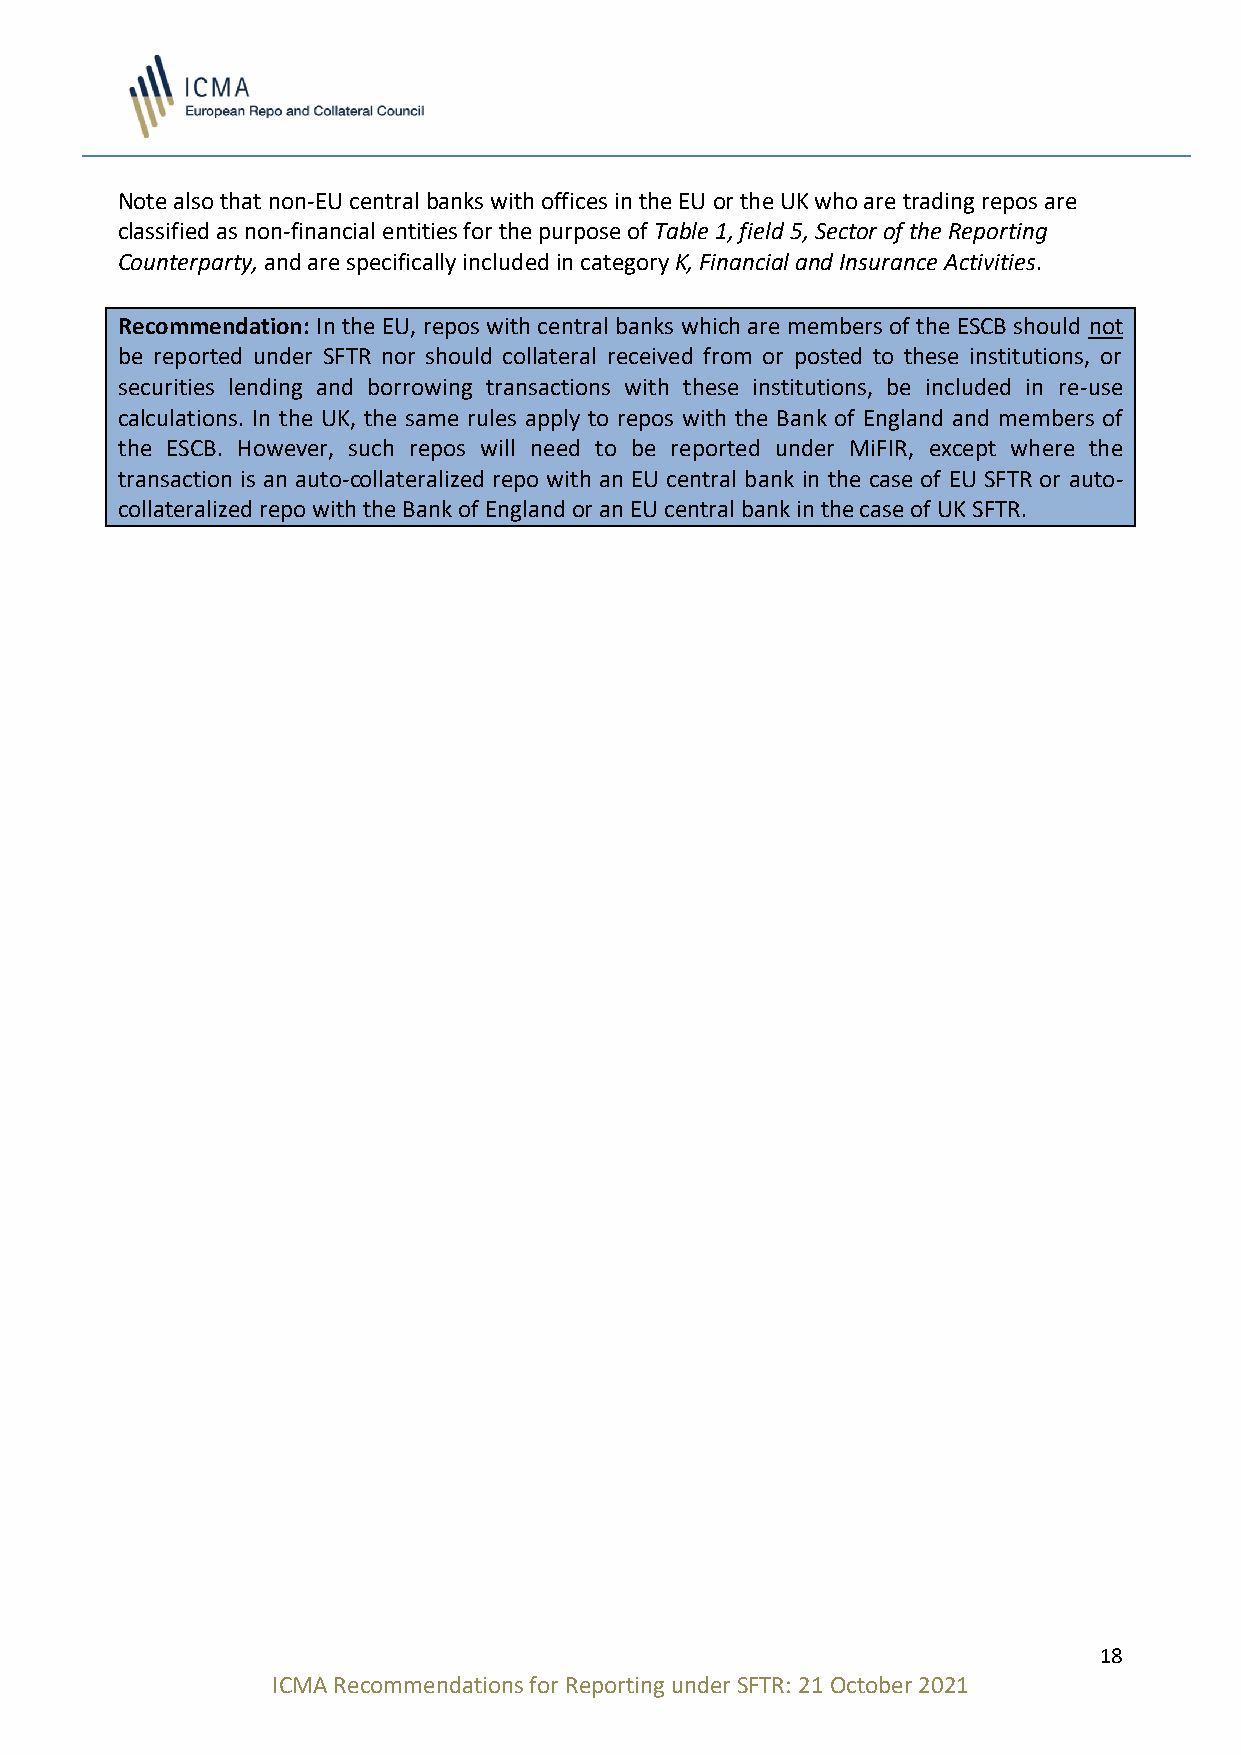
Note also that non-EU central banks with offices in the EU or the UK who are trading repos are
 classified as non-financial entities for the purpose of Table 1, field 5, Sector of the Reporting
 Counterparty, and are specifically included in category K, Financial and Insurance Activities.
 Recommendation: In the EU, repos with central banks which are members of the ESCB should not
 be reported under SFTR nor should collateral received from or posted to these institutions, or
 securities lending and borrowing transactions with these institutions, be included in re-use
 calculations. In the UK, the same rules apply to repos with the Bank of England and members of
 the ESCB. However, such repos will need to be reported under MiFIR, except where the
 transaction is an auto-collateralized repo with an EU central bank in the case of EU SFTR or auto-
 collateralized repo with the Bank of England or an EU central bank in the case of UK SFTR.
 18
 ICMA Recommendations for Reporting under SFTR: 21 October 2021